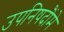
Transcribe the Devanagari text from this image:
उपनिषदौंमे